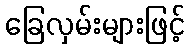
ခြေလှမ်းများဖြင့်